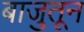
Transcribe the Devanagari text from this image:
बाजुतून